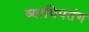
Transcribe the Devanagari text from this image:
व्याधिपतंग